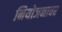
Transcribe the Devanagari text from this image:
नियोजनावर